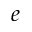
e